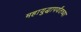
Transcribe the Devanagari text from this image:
महायुद्धापर्यंतच्या